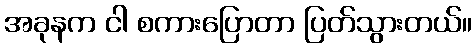
အခုနက ငါ စကားပြောတာ ပြတ်သွားတယ်။